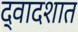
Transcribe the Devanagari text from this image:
द्वादशात